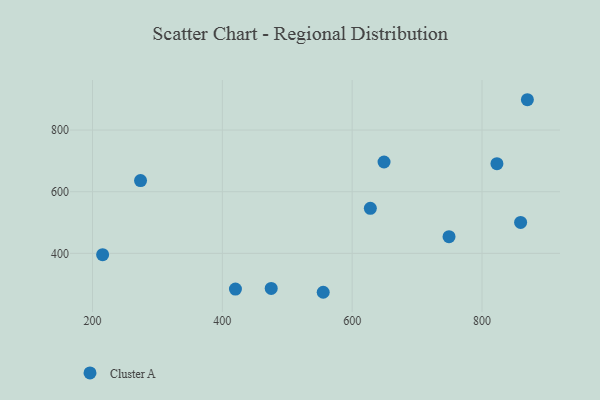
{"axis": {"x": "Investment", "y": "Sales"}, "legend": ["Cluster A"], "data": [{"x": "823.0", "y": 690.9, "type": "Cluster A"}, {"x": "475.3", "y": 286.4, "type": "Cluster A"}, {"x": "215.6", "y": 395.8, "type": "Cluster A"}, {"x": "859.5", "y": 500.4, "type": "Cluster A"}, {"x": "869.9", "y": 898.4, "type": "Cluster A"}, {"x": "628.0", "y": 546.2, "type": "Cluster A"}, {"x": "649.1", "y": 696.4, "type": "Cluster A"}, {"x": "749.2", "y": 454.1, "type": "Cluster A"}, {"x": "420.2", "y": 284.2, "type": "Cluster A"}, {"x": "274.0", "y": 636.0, "type": "Cluster A"}, {"x": "555.4", "y": 273.8, "type": "Cluster A"}]}